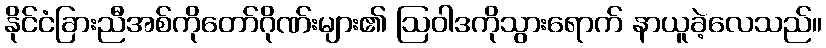
နိုင်ငံခြားညီအစ်ကိုတော်ဂိုဏ်းများ၏ ဩဝါဒကိုသွားရောက် နာယူခဲ့လေသည်။